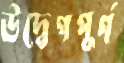
উদ্বেগপূর্ণ